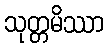
သုတ္တမိဿာ